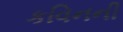
કવિનની